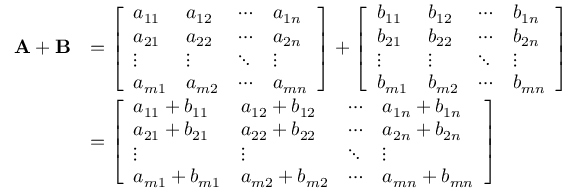
{ \begin{array} { r l } { \mathbf { A } + \mathbf { B } } & { = { \left[ \begin{array} { l l l l } { a _ { 1 1 } } & { a _ { 1 2 } } & { \cdots } & { a _ { 1 n } } \\ { a _ { 2 1 } } & { a _ { 2 2 } } & { \cdots } & { a _ { 2 n } } \\ { \vdots } & { \vdots } & { \ddots } & { \vdots } \\ { a _ { m 1 } } & { a _ { m 2 } } & { \cdots } & { a _ { m n } } \end{array} \right] } + { \left[ \begin{array} { l l l l } { b _ { 1 1 } } & { b _ { 1 2 } } & { \cdots } & { b _ { 1 n } } \\ { b _ { 2 1 } } & { b _ { 2 2 } } & { \cdots } & { b _ { 2 n } } \\ { \vdots } & { \vdots } & { \ddots } & { \vdots } \\ { b _ { m 1 } } & { b _ { m 2 } } & { \cdots } & { b _ { m n } } \end{array} \right] } } \\ & { = { \left[ \begin{array} { l l l l } { a _ { 1 1 } + b _ { 1 1 } } & { a _ { 1 2 } + b _ { 1 2 } } & { \cdots } & { a _ { 1 n } + b _ { 1 n } } \\ { a _ { 2 1 } + b _ { 2 1 } } & { a _ { 2 2 } + b _ { 2 2 } } & { \cdots } & { a _ { 2 n } + b _ { 2 n } } \\ { \vdots } & { \vdots } & { \ddots } & { \vdots } \\ { a _ { m 1 } + b _ { m 1 } } & { a _ { m 2 } + b _ { m 2 } } & { \cdots } & { a _ { m n } + b _ { m n } } \end{array} \right] } } \end{array} }